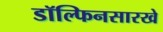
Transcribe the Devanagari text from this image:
डॉल्फिनसारखे